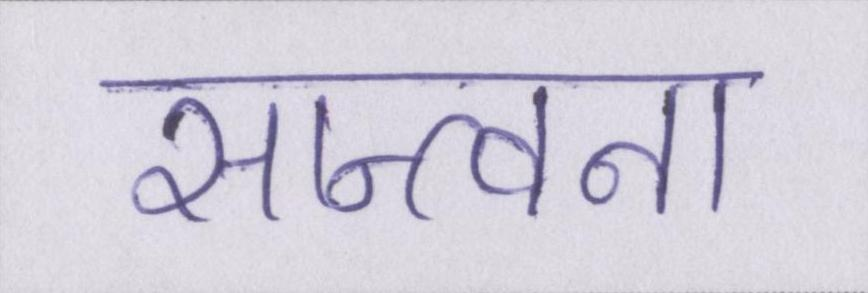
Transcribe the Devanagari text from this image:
सान्त्वना